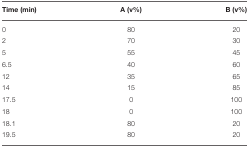
<table><thead><tr><td><b>Time (min)</b></td><td><b>A (v%)</b></td><td><b>B (v%)</b></td></tr></thead><tbody><tr><td>0</td><td>80</td><td>20</td></tr><tr><td>2</td><td>70</td><td>30</td></tr><tr><td>5</td><td>55</td><td>45</td></tr><tr><td>6.5</td><td>40</td><td>60</td></tr><tr><td>12</td><td>35</td><td>65</td></tr><tr><td>14</td><td>15</td><td>85</td></tr><tr><td>17.5</td><td>0</td><td>100</td></tr><tr><td>18</td><td>0</td><td>100</td></tr><tr><td>18.1</td><td>80</td><td>20</td></tr><tr><td>19.5</td><td>80</td><td>20</td></tr></tbody></table>